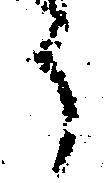
う